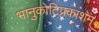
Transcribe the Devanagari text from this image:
भानुकोटिप्रकाशम्